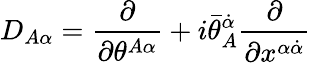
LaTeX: D_{A\alpha}={\frac{\partial}{\partial\theta^{A\alpha}}}+i\bar{\theta}_{A}^{\dot{\alpha}}{\frac{\partial}{\partial x^{\alpha\dot{\alpha}}}}